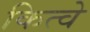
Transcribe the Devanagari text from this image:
कित्वे